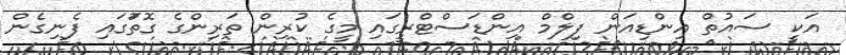
އަކީ ސައުތް އިންޑިއަން ފިލްމް އިންޑަސްޓްރީގައި މީގެ ކުރިން ތަރިންގެ ގޮތުަގައި ފެނިގެން